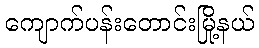
ကျောက်ပန်းတောင်းမြို့နယ်